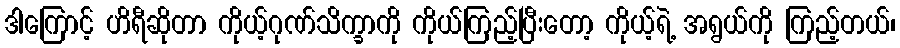
ဒါကြောင့် ဟိရီဆိုတာ ကိုယ့်ဂုဏ်သိက္ခာကို ကိုယ်ကြည့်ပြီးတော့ ကိုယ့်ရဲ့ အရွယ်ကို ကြည့်တယ်၊